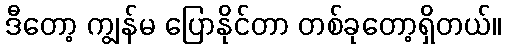
ဒီတော့ ကျွန်မ ပြောနိုင်တာ တစ်ခုတော့ရှိတယ်။